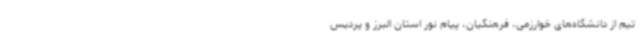
تیم از دانشگاه‌های خوارزمی، فرهنگیان، پیام نور استان البرز و پردیس